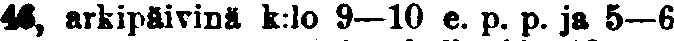
46, arkipäivinä k:lo 9—10 e. p. p. ja 5—6